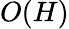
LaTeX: O(H)